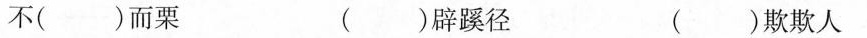
不( )而栗 ( )辟蹊径 ( )欺欺人